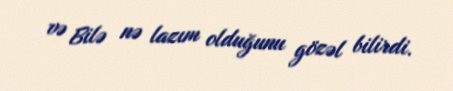
və Bilə nə lazım olduğunu gözəl bilirdi.